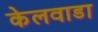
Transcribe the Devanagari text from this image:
केलवाडा